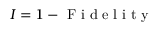
I = 1 - \mathrm { ~ F ~ i ~ d ~ e ~ l ~ i ~ t ~ y ~ }